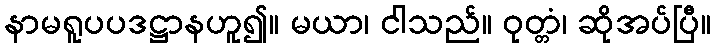
နာမရူပပဒဋ္ဌာနဟူ၍။ မယာ၊ ငါသည်။ ဝုတ္တံ၊ ဆိုအပ်ပြီ။